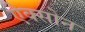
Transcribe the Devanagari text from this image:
ऐक्सोन